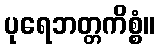
ပုရေဘတ္တကိစ္စံ။